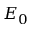
E _ { 0 }